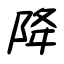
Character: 降